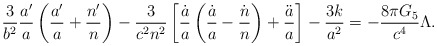
\begin{align*}{3\over b^2}{a^{\prime}\over a}\left({a^{\prime}\over a}+{n^{\prime}\over n}\right)-{3\over{c^2n^2}}\left[{\dot{a}\over a}\left({\dot{a}\over a}-{\dot{n}\over n}\right)+{\ddot{a}\over a}\right]-{{3k}\over a^2}=-{{8\pi G_5}\over c^4}\Lambda.\end{align*}